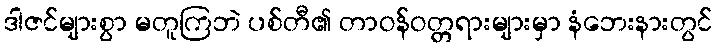
ဒါဇင်များစွာ မတူကြဘဲ ပစ်တီ၏ တာဝန်ဝတ္တရားများမှာ နံဘေးနားတွင်